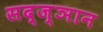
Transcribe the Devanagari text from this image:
सद्ज्ञान